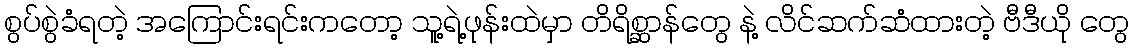
စွပ်စွဲခံရတဲ့ အကြောင်းရင်းကတော့ သူ့ရဲ့ဖုန်းထဲမှာ တိရိစ္ဆာန်တွေ နဲ့ လိင်ဆက်ဆံထားတဲ့ ဗီဒီယို တွေ